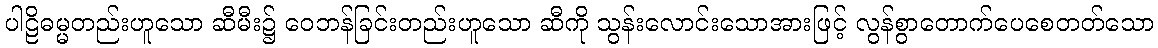
ပါဠိဓမ္မတည်းဟူသော ဆီမီး၌ ဝေဘန်ခြင်းတည်းဟူသော ဆီကို သွန်းလောင်းသောအားဖြင့် လွန်စွာတောက်ပေစေတတ်သော